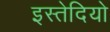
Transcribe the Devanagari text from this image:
इस्तेदियो